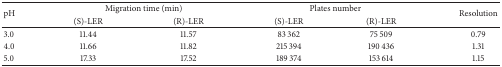
<table><thead><tr><td rowspan="2"><b>pH</b></td><td colspan="2"><b>Migration time (min)</b></td><td colspan="2"><b>Plates number</b></td><td rowspan="2"><b>Resolution</b></td></tr><tr><td><b>(S)-LER</b></td><td><b>(R)-LER</b></td><td><b>(S)-LER</b></td><td><b>(R)-LER</b></td></tr></thead><tbody><tr><td>3.0</td><td>11.44</td><td>11.57</td><td>83 362</td><td>75 509</td><td>0.79</td></tr><tr><td>4.0</td><td>11.66</td><td>11.82</td><td>215 394</td><td>190 436</td><td>1.31</td></tr><tr><td>5.0</td><td>17.33</td><td>17.52</td><td>189 374</td><td>153 614</td><td>1.15</td></tr></tbody></table>